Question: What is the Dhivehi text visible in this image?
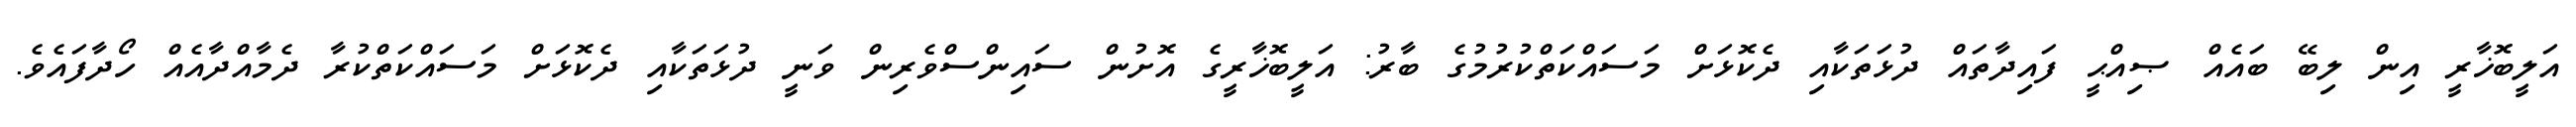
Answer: އަލީބޮޚާރީ އިން ލިބޭ ބައެއް ޞިއްޙީ ފައިދާތައް ދުޅަތަކާއި ދެކޮޅަށް މަސައްކަތްކުރުމުގެ ބާރު: އަލީބޮޚާރީގެ އޮށުން ސައިންސްވެރިން ވަނީ ދުޅަތަކާއި ދެކޮޅަށް މަސައްކަތްކުރާ ދެމާއްދާއެއް ހޯދާފައެވެ.